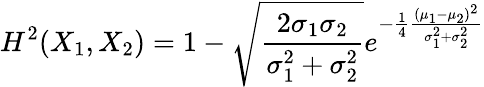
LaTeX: H^{2}(X_{1},X_{2})=1-{\sqrt{\frac{2\sigma_{1}\sigma_{2}}{\sigma_{1}^{2}+\sigma_{2}^{2}}}}e^{-{\frac{1}{4}}{\frac{(\mu_{1}-\mu_{2})^{2}}{\sigma_{1}^{2}+\sigma_{2}^{2}}}}